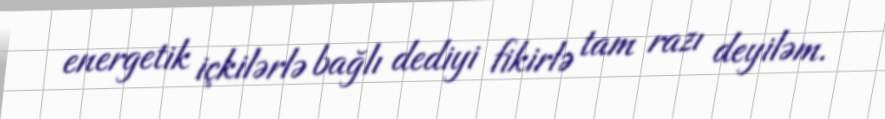
energetik içkilərlə bağlı dediyi fikirlə tam razı deyiləm.